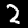
Label: 2